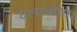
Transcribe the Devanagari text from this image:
दासबोधा